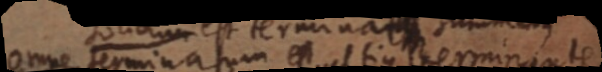
omne terminatum est ultique terminante